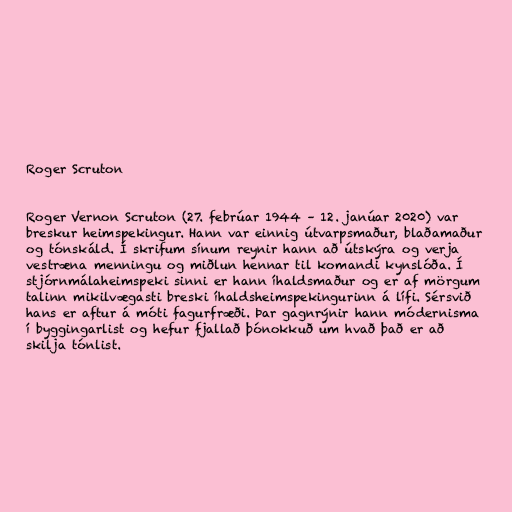
Roger Scruton

Roger Vernon Scruton (27. febrúar 1944 – 12. janúar 2020) var
breskur heimspekingur. Hann var einnig útvarpsmaður, blaðamaður
og tónskáld. Í skrifum sínum reynir hann að útskýra og verja
vestræna menningu og miðlun hennar til komandi kynslóða. Í
stjórnmálaheimspeki sinni er hann íhaldsmaður og er af mörgum
talinn mikilvægasti breski íhaldsheimspekingurinn á lífi. Sérsvið
hans er aftur á móti fagurfræði. Þar gagnrýnir hann módernisma
í byggingarlist og hefur fjallað þónokkuð um hvað það er að
skilja tónlist.